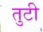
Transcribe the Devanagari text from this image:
तुटी